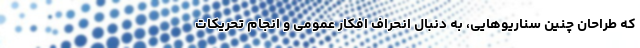
که طراحان چنین سناریوهایی، به دنبال انحراف افکار عمومی و انجام تحریکات